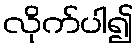
လိုက်ပါ၍